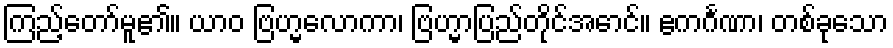
ကြည့်တော်မူ၏။ ယာဝ ဗြဟ္မလောကာ၊ ဗြဟ္မာပြည်တိုင်အောင်။ ဧကင်္ဂဏာ၊ တစ်ခုသော